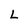
Character: L